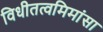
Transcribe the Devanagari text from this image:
विधीतत्वमिमांसा